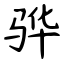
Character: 骅